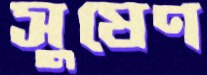
সুষেণ